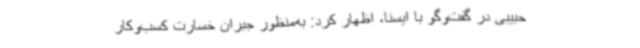
حبیبی در گفت‌وگو با ایسنا، اظهار کرد: به‌منظور جبران خسارت کسب‌وکار